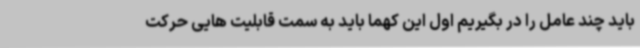
باید چند عامل را در بگیریم اول این کهما باید به سمت قابلیت هایی حرکت